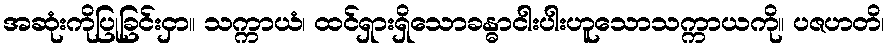
အဆုံးကိုပြုခြင်းငှာ။ သက္ကာယံ၊ ထင်ရှားရှိသောခန္ဓာငါးပါးဟူသောသက္ကာယကို။ ပဇဟတိ၊